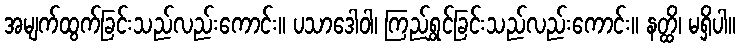
အမျက်ထွက်ခြင်းသည်လည်းကောင်း။ ပသာဒေါဝါ၊ ကြည်ရွှင်ခြင်းသည်လည်းကောင်း။ နတ္ထိ၊ မရှိပါ။